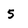
Character: 5